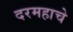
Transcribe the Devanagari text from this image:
दरमहाचे